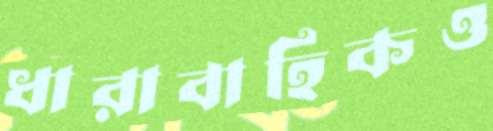
ধারাবাহিকও